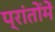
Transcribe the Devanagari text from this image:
प्रांतोंमें